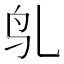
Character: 𬷻